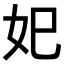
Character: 𡚱